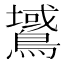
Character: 𪅫